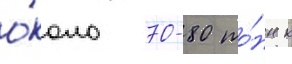
о́коло 70-80 то́нн к